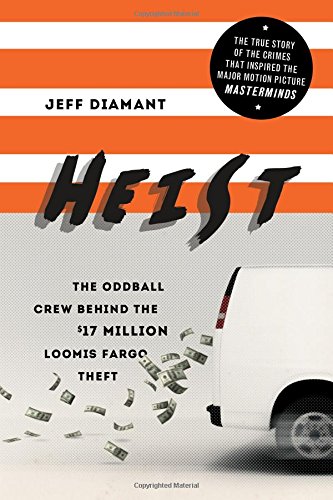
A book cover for Heist: The Oddball Crew Behind the $17 Million Loomis Fargo Theft; Jeff Diamant; Biographies & Memoirs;